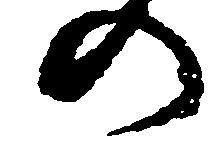
の